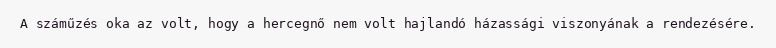
A száműzés oka az volt, hogy a hercegnő nem volt hajlandó házassági viszonyának a rendezésére.